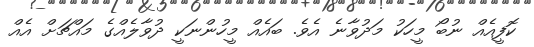
ކޮފީއެއް ނުބޯ މީހަކު މަދުވާނެ އެވެ. ބައެއް މީހުންނަކީ ދުވާލެއްގެ މައްޗަށް އެއް